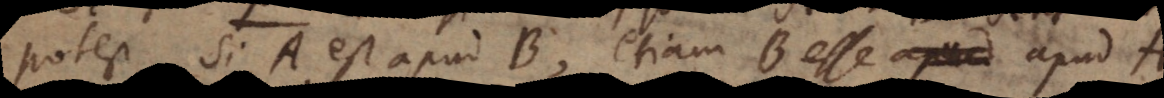
potest, si A est apud B, etiam B esse apud A.